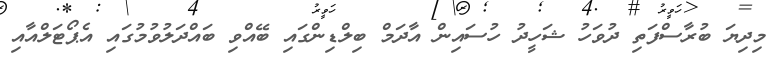
މިދިޔަ ބުރާސްފަތި ދުވަހު ޝަހީދު ހުސައިން އާދަމް ބިލްޑިންގައި ބޭއްވި ބައްދަލުވުމުގައި އެޕޯޓަލްއާއި